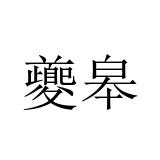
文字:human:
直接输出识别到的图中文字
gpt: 夔皋